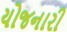
યોજનારી